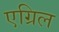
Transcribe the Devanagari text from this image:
एग्रिल